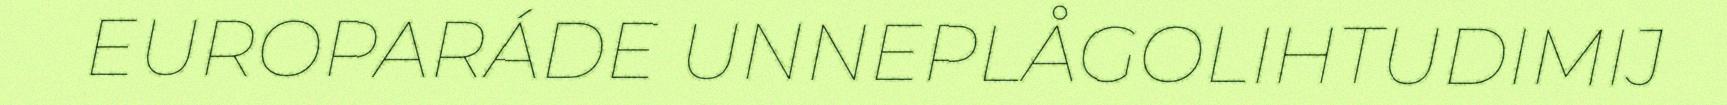
EUROPARÁDE UNNEPLÅGOLIHTUDIMIJ